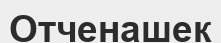
Отченашек